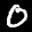
Label: 0